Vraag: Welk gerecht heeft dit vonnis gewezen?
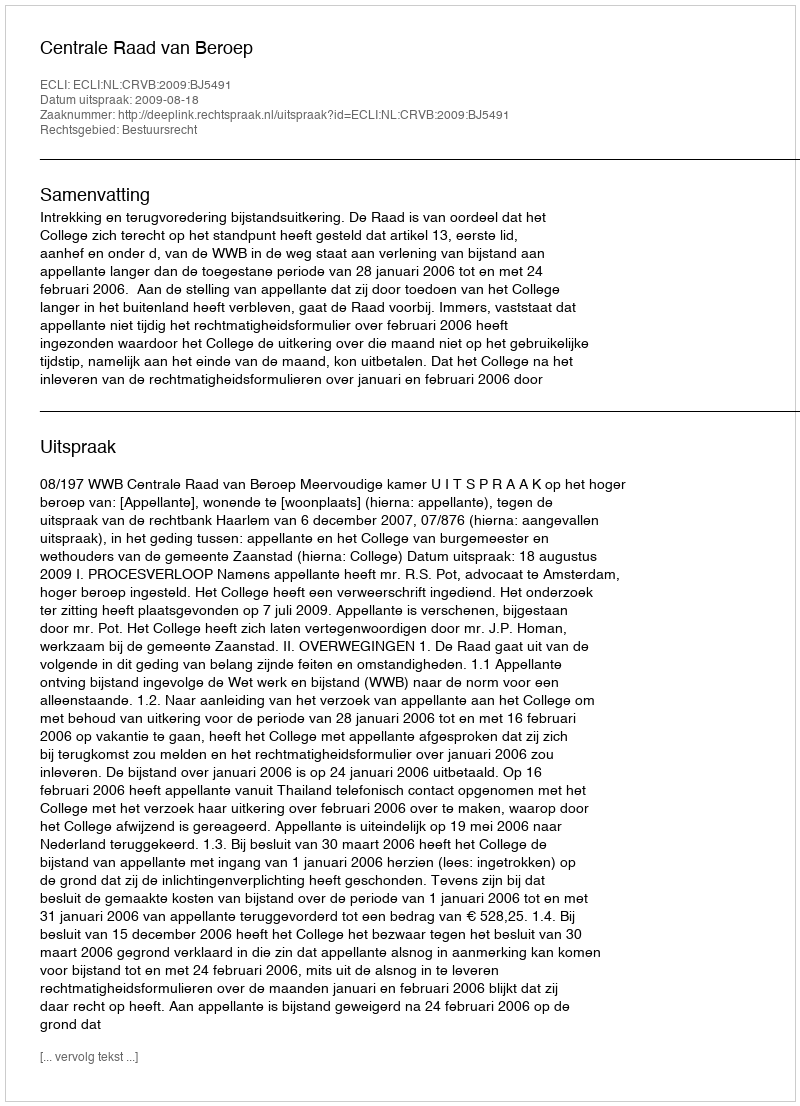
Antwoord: Centrale Raad van Beroep